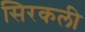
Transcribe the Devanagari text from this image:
सिरकली